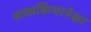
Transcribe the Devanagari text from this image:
शस्त्रक्रियापेक्षा